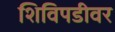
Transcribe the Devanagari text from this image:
शिविपडीवर